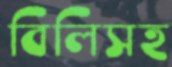
বিলিসহ